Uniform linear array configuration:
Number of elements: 64
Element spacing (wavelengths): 0.5
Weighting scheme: hamming
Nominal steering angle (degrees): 60
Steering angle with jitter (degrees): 58.843
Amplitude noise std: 0.05
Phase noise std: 0.05

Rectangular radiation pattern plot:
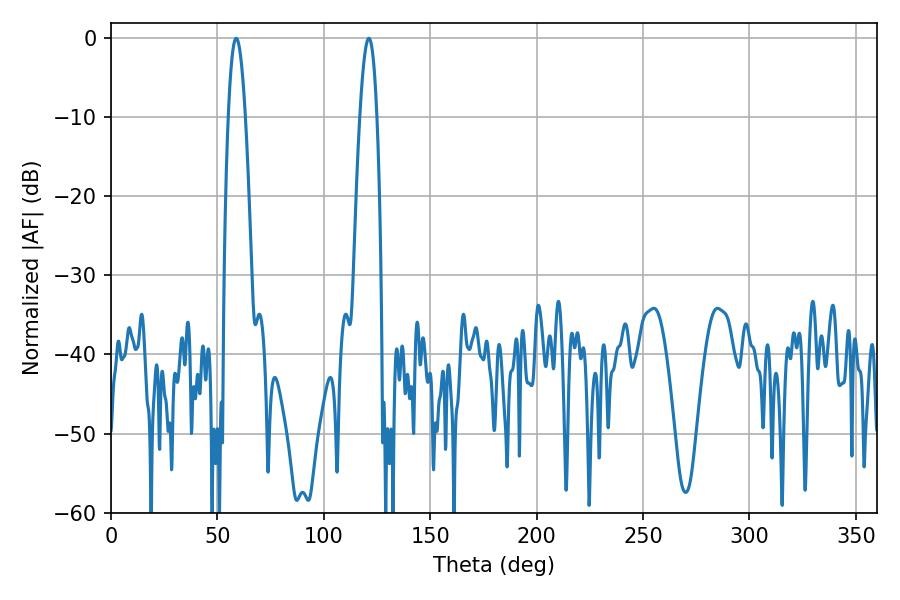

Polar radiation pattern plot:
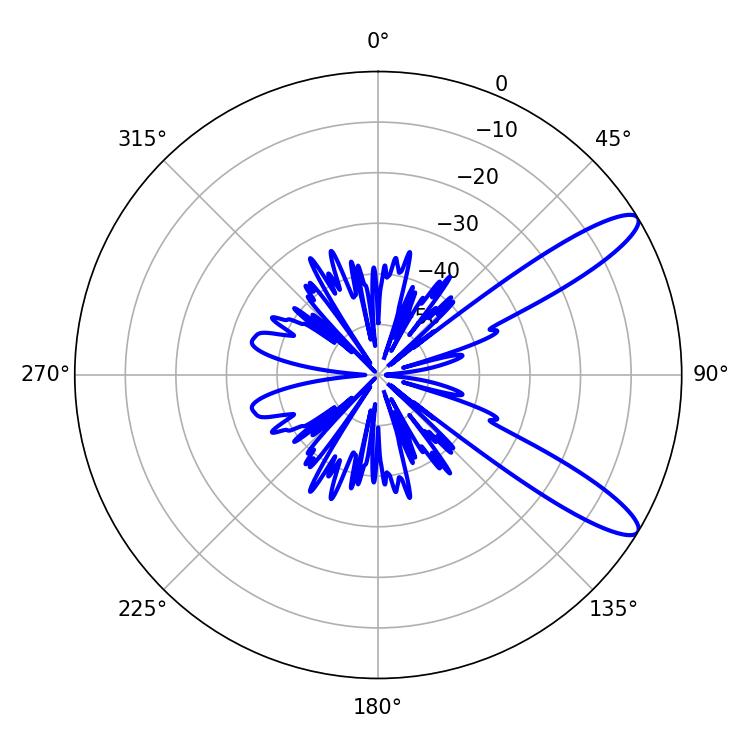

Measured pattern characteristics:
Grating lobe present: FALSE
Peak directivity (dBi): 11.455
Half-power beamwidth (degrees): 4.32
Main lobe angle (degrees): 121.14